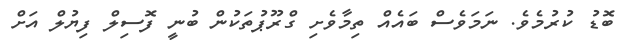
ބޮޑު ކުރުމެވެ. ނަމަވެސް ބައެއް ތިމާވެށި ގްރޫޕުތަކުން ބުނީ ފޮސިލް ފިޔުލް އަށް